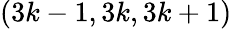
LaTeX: (3k-1,3k,3k+1)